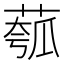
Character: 𫈻